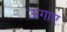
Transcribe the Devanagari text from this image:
ऊगाए